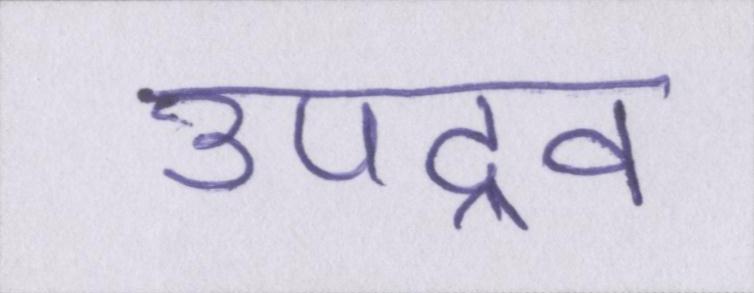
उपद्रव